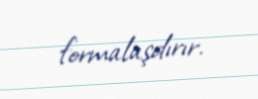
formalaşdırır.